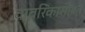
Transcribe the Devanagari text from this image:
वावरिंकासोबत